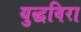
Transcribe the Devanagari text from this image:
युद्धविरा